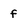
Character: f